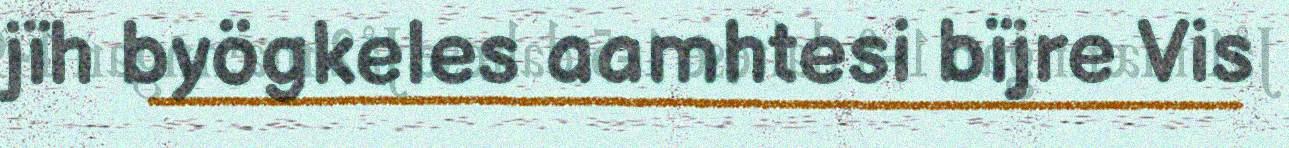
jïh byögkeles aamhtesi bïjre Vis